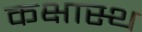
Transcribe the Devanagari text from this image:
कक्षास्थ